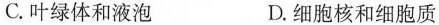
C. 叶绿体和液泡 D. 细胞核和细胞质